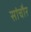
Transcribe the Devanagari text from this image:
सांचौर